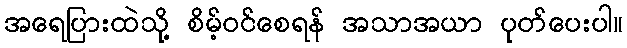
အရေပြားထဲသို့ စိမ့်ဝင်စေရန် အသာအယာ ပုတ်ပေးပါ။